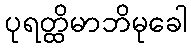
ပုရတ္ထိမာဘိမုခေါ